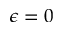
\epsilon = 0